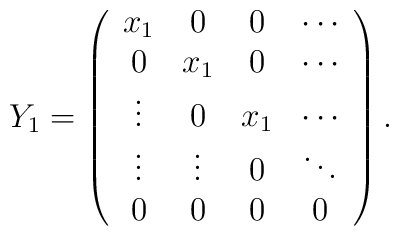
Y_1=\left(\begin{array}{cccc}x_1   & 0      &  0  & \cdots \\0     & x_1    &  0  & \cdots \\\vdots& 0      &  x_1& \cdots \\\vdots& \vdots &  0  & \ddots \\0     &   0    &  0  & 0    \\\end{array}\right).